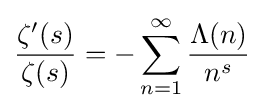
{\frac {\zeta ^{\prime }(s)}{\zeta (s)}}=-\sum _{n=1}^{\infty }{\frac {\Lambda (n)}{n^{s}}}